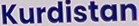
Kurdistan